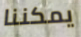
يمكننا